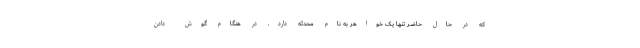
که در حال حاضر تنها یک خواهر به نام محدثه دارد. در هنگام گوش دادن